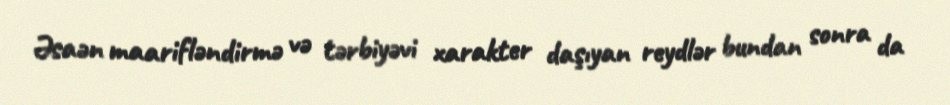
Əsaən maarifləndirmə və tərbiyəvi xarakter daşıyan reydlər bundan sonra da